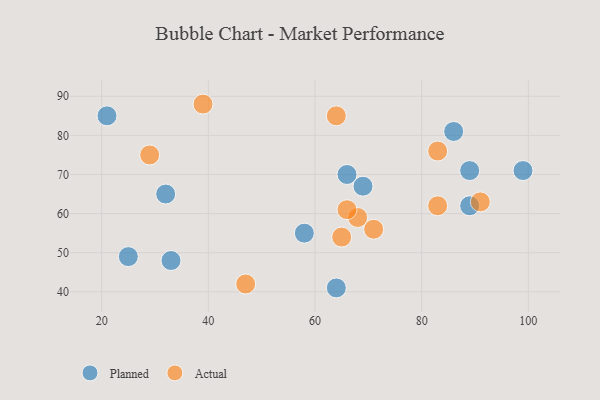
{"axis": {"x": "GDP", "y": "Life Expectancy"}, "legend": ["Actual", "Planned"], "data": [{"x": "21", "y": 85, "type": "Planned"}, {"x": "89", "y": 62, "type": "Planned"}, {"x": "58", "y": 55, "type": "Planned"}, {"x": "32", "y": 65, "type": "Planned"}, {"x": "64", "y": 41, "type": "Planned"}, {"x": "89", "y": 71, "type": "Planned"}, {"x": "66", "y": 70, "type": "Planned"}, {"x": "25", "y": 49, "type": "Planned"}, {"x": "86", "y": 81, "type": "Planned"}, {"x": "99", "y": 71, "type": "Planned"}, {"x": "69", "y": 67, "type": "Planned"}, {"x": "33", "y": 48, "type": "Planned"}, {"x": "29", "y": 75, "type": "Actual"}, {"x": "47", "y": 42, "type": "Actual"}, {"x": "64", "y": 85, "type": "Actual"}, {"x": "83", "y": 76, "type": "Actual"}, {"x": "83", "y": 62, "type": "Actual"}, {"x": "91", "y": 63, "type": "Actual"}, {"x": "71", "y": 56, "type": "Actual"}, {"x": "68", "y": 59, "type": "Actual"}, {"x": "66", "y": 61, "type": "Actual"}, {"x": "39", "y": 88, "type": "Actual"}, {"x": "65", "y": 54, "type": "Actual"}]}